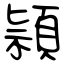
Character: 頴